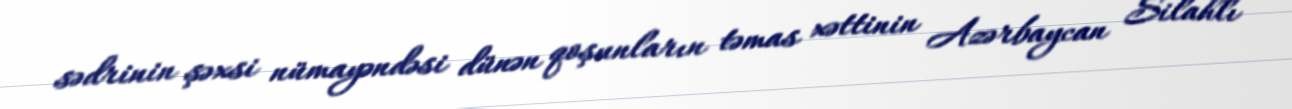
sədrinin şəxsi nümayəndəsi dünən qoşunların təmas xəttinin Azərbaycan Silahlı